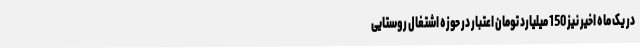
در یک ماه اخیر نیز 150 میلیارد تومان اعتبار در حوزه اشتغال روستایی